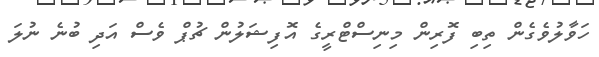
ހަވާލުވެގެން ތިބި ފޮރިން މިނިސްޓްރީގެ އޮފިޝަލުން ޗުޕް ވެސް އަދި ބުނެ ނުލަ